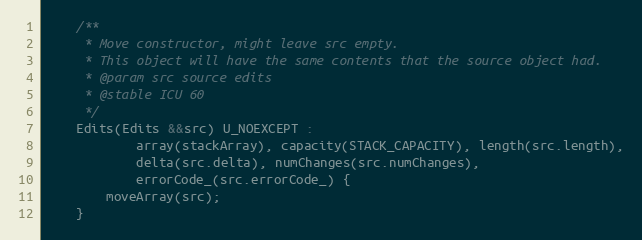
Language: C
    /**
     * Move constructor, might leave src empty.
     * This object will have the same contents that the source object had.
     * @param src source edits
     * @stable ICU 60
     */
    Edits(Edits &&src) U_NOEXCEPT :
            array(stackArray), capacity(STACK_CAPACITY), length(src.length),
            delta(src.delta), numChanges(src.numChanges),
            errorCode_(src.errorCode_) {
        moveArray(src);
    }